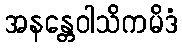
အနန္တေဝါသိကမိဒံ